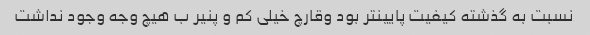
نسبت به گذشته کیفیت پایینتر بود وقارچ خیلی کم و پنیر ب هیچ وجه وجود نداشت